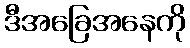
ဒီအခြေအနေကို